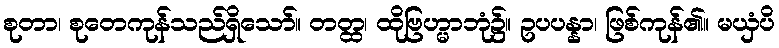
စုတာ၊ စုတေကုန်သည်ရှိသော်။ တတ္ထ၊ ထိုဗြဟ္မာဘုံ၌။ ဥပပန္နာ၊ ဖြစ်ကုန်၏။ မယှံပိ